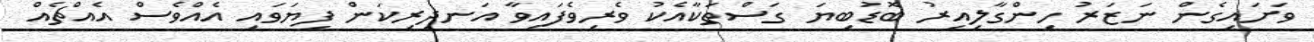
ވަށައިގެން ނަޒަރު ހިންގާލިއިރު ބޮޑުބިޔަ ގަސްތަކާއެކު ވެރިވެފައިވާ އަނދިރިކަން ފިޔަވައި އެއްވެސް އެއްޗެއް